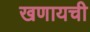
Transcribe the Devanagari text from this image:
खणायची